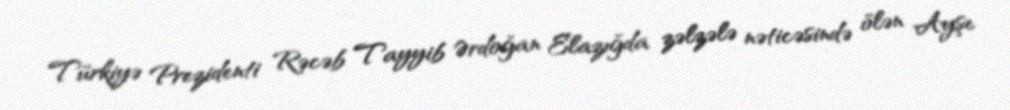
Türkiyə Prezidenti Rəcəb Tayyib Ərdoğan Elazığda zəlzələ nəticəsində ölən Ayşe